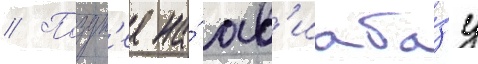
// Поздн'ее на́ ав'иаба́зу